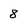
Character: 8